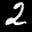
Label: 2